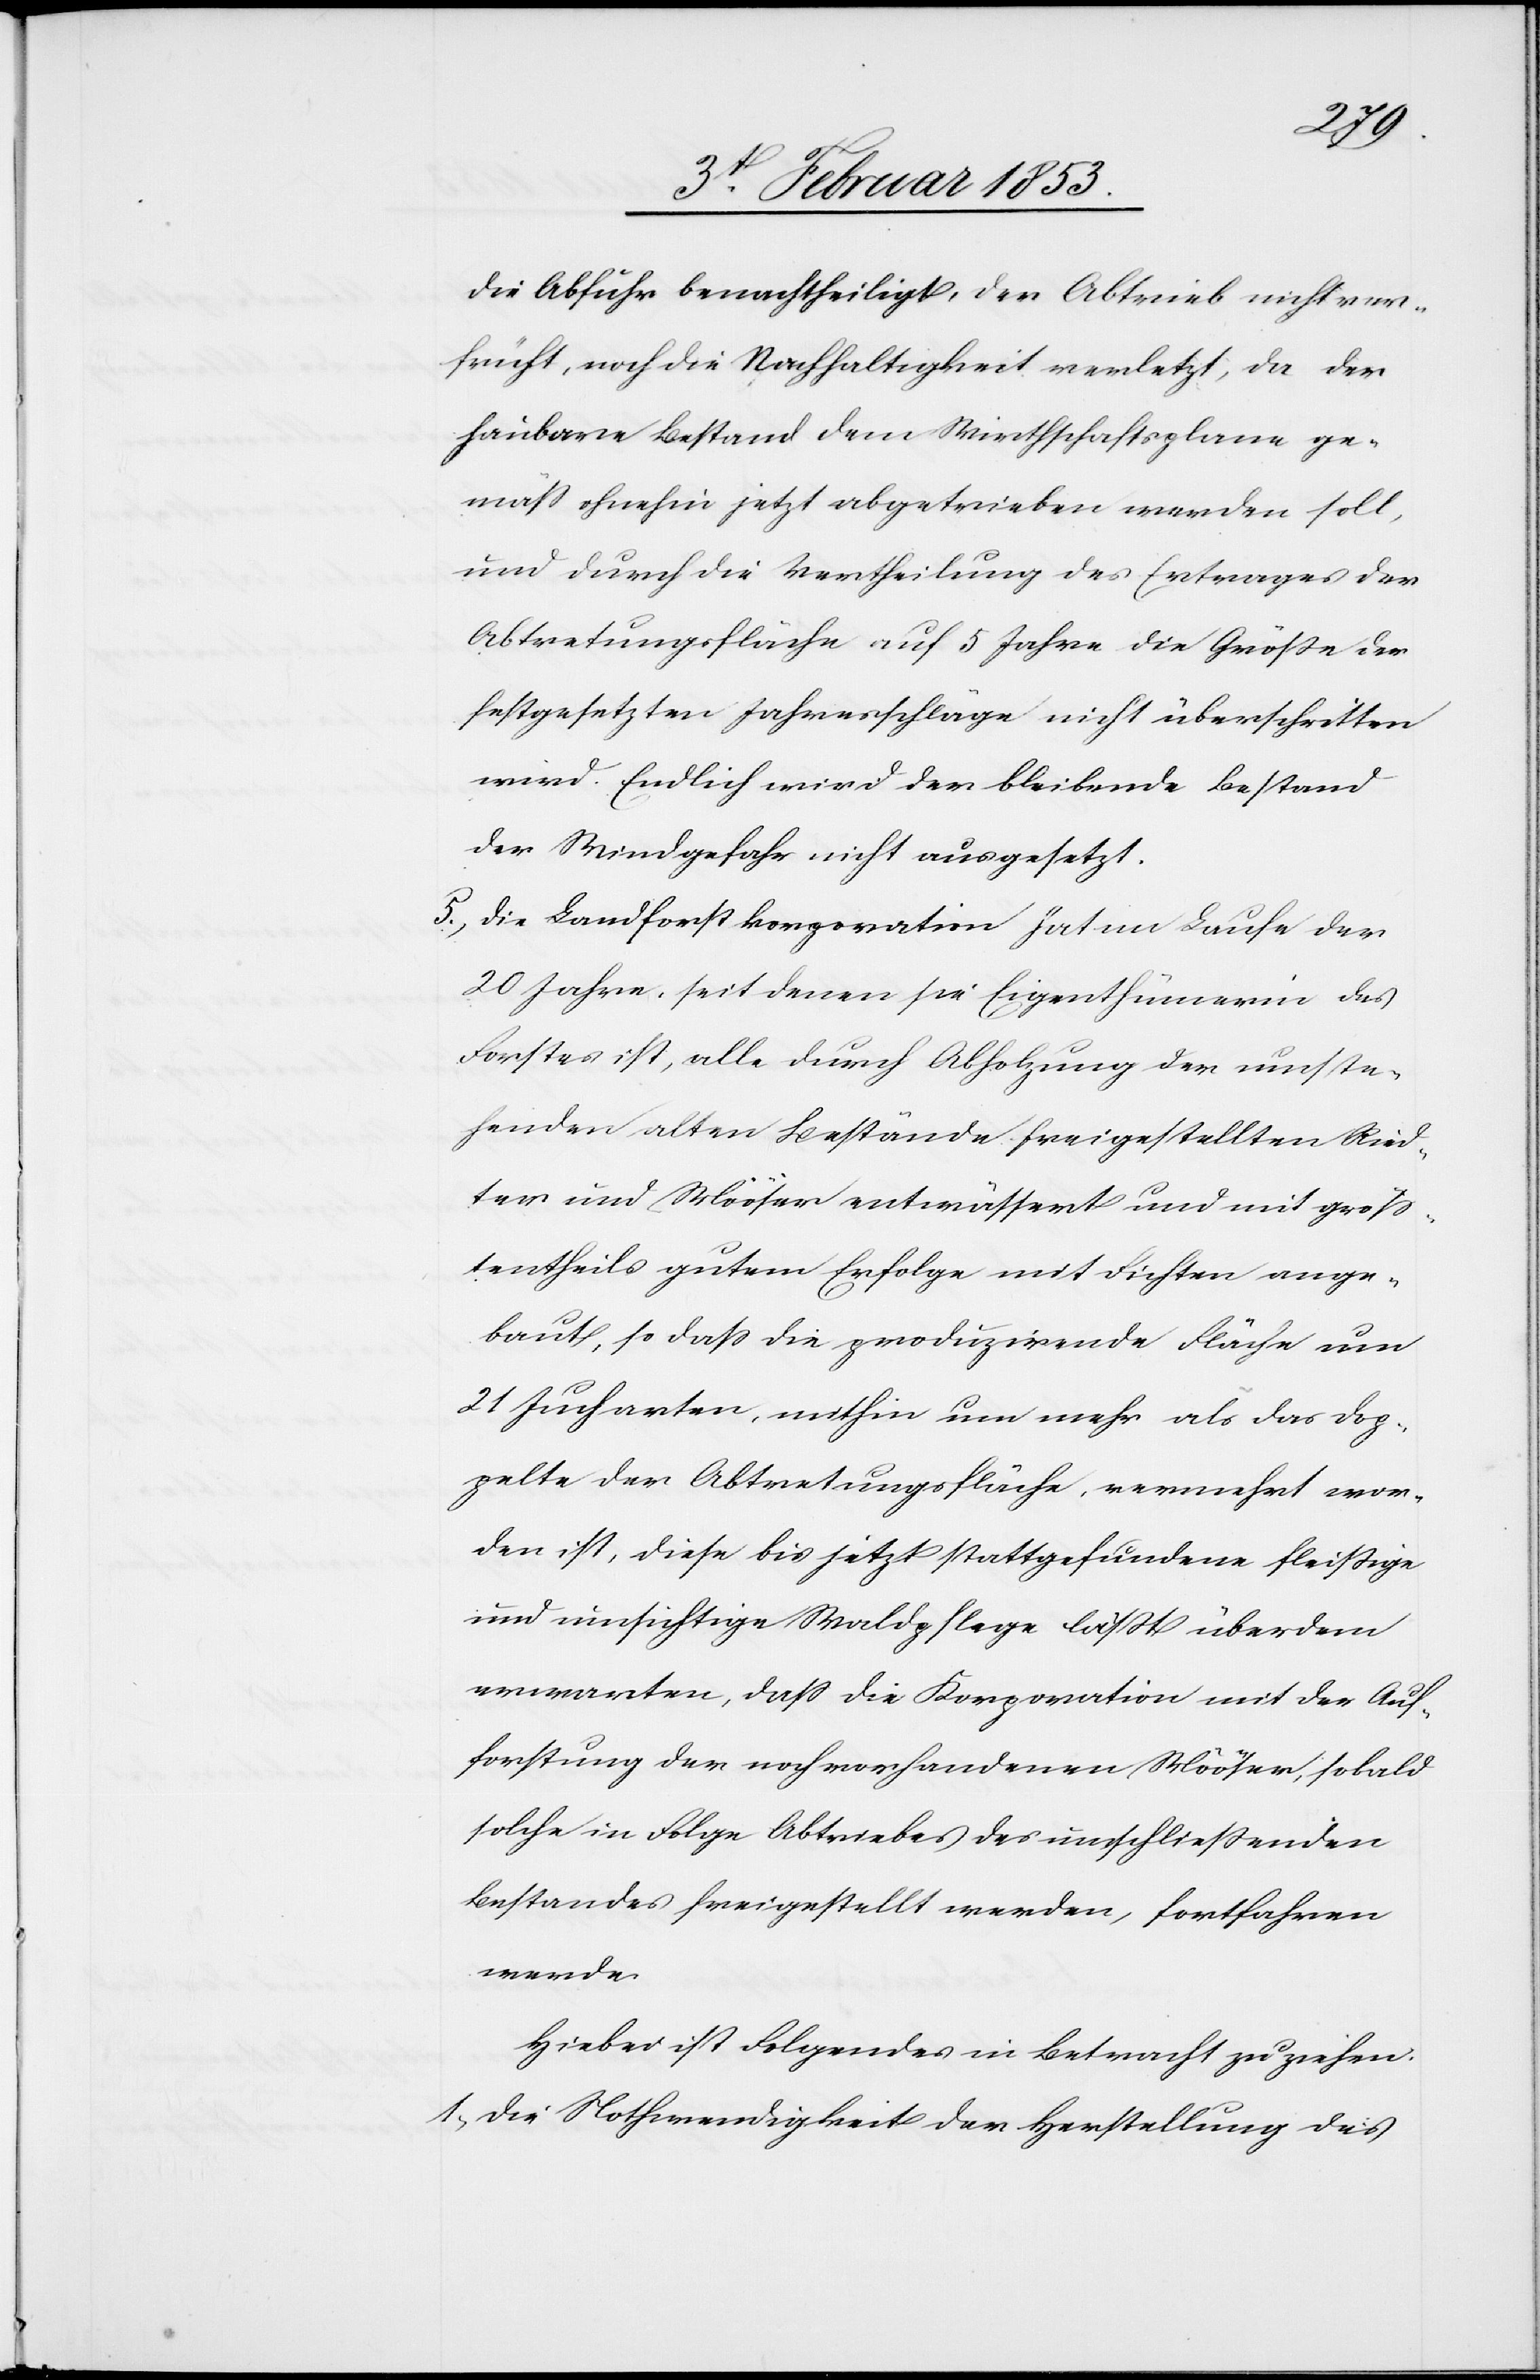
die Abfuhr benachtheiligt, der Abtrieb nicht ver¬
früht, noch die Nachhaltigkeit verletzt, da der
haubare Bestand dem Wirthschaftsplane ge¬
mäß ohnehin jetzt abgetrieben werden soll,
und durch die Vertheilung des Ertrages der
Abtretungsfläche auf 5 Jahre die Größe des
festgesetzten Jahresschläge nicht überschritten
wird. Endlich wird der bleibende Bestand
der Windgefahr nicht ausgesetzt.
5, Die Landforstkorporation hat im Laufe der
20 Jahre, seit denen sie Eigenthümerin des
Forstes ist, alle durch Abholzung der umste¬
henden alten Bestände freigestellten Ried¬
ter und Mööser entwässert und mit größ¬
tentheils gutem Erfolge mit Fichten ange¬
baut, so daß die produzirende Fläche um
21 Jucharten, mithin um mehr als das Dop¬
pelte der Abtretungsfläche, vermehrt wor¬
den ist, diese bis jetzt stattgefundene fleissige
und umsichtige Waldpflege läßt überdem
erwarten, daß die Korporation mit der Auf¬
forstung der noch vorhandenen Mööser, sobald
solche in Folge Abtriebes des umschließenden
Bestandes freigestellt werden, fortfahren
werde.
Hiebei ist Folgendes in Betracht zu ziehen.
1, Die Nothwendigkeit der Herstellung des